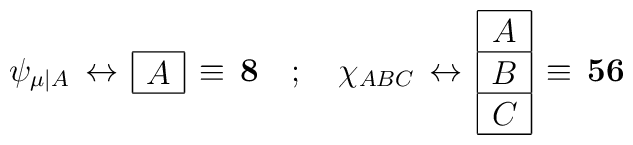
\psi_{\mu\vert A} \, \leftrightarrow \, \mbox{$ \begin{array}{|c|}\hline\stackrel{ }{A}\cr\hline\end{array}$} \, \equiv \,  {\bf 8}\quad ; \quad \chi _{ABC}  \,\leftrightarrow \,\mbox{$ \begin{array}{|c|}\hline\stackrel{ }{A}\cr\hline\stackrel{}{B}\cr\hline\stackrel{}{C}\cr\hline\end{array}$}   \, \equiv \,  {\bf 56}